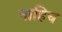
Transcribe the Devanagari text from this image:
नाहिच